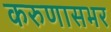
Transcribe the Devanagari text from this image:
करुणासभर